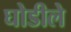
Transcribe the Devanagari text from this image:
घोडीले